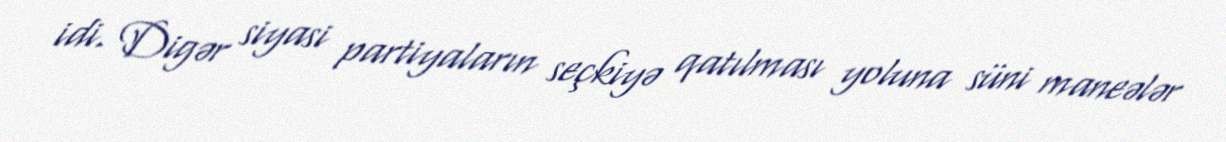
idi. Digər siyasi partiyaların seçkiyə qatılması yoluna süni maneələr